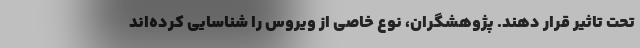
تحت تاثیر قرار دهند. پژوهشگران، نوع خاصی از ویروس را شناسایی کرده‌اند